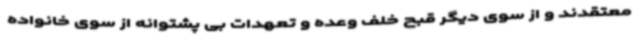
معتقدند و از سوی دیگر قبح خلف وعده و تعهدات بی پشتوانه از سوی خانواده